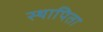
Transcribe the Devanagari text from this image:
स्थापिता